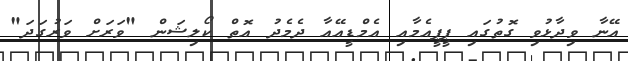
އޭނާ ވިދާޅުވި ގޮތުގައި ޕީޕީއެމާއި އެމްޑީއޭއާ ދެމެދު އޮތް ކޯލިޝަން "ވަރަށް ވަރުގަދަ"